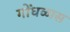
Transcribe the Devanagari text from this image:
गोंधळास